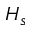
H _ { s }